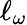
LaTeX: \ell_{\omega}